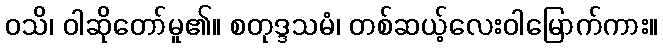
ဝသိ၊ ဝါဆိုတော်မူ၏။ စတုဒ္ဒသမံ၊ တစ်ဆယ့်လေးဝါမြောက်ကား။